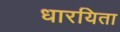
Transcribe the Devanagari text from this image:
धारयिता